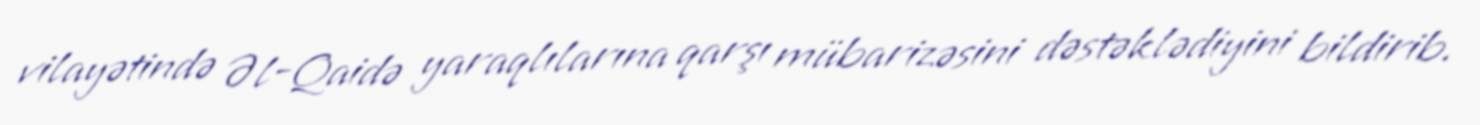
vilayətində Əl-Qaidə yaraqlılarına qarşı mübarizəsini dəstəklədiyini bildirib.